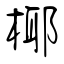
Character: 椰